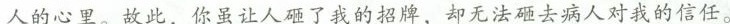
\underline{人的心里。} 故此，你虽让人砸了我的招牌，却无法砸去病人对我的信任。